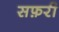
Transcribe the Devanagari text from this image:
सफ़री